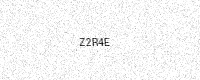
Text: Z2R4E